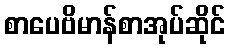
စာပေဗိမာန်စာအုပ်ဆိုင်